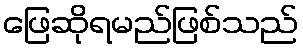
ဖြေဆိုရမည်ဖြစ်သည်